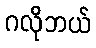
ဂလိုဘယ်